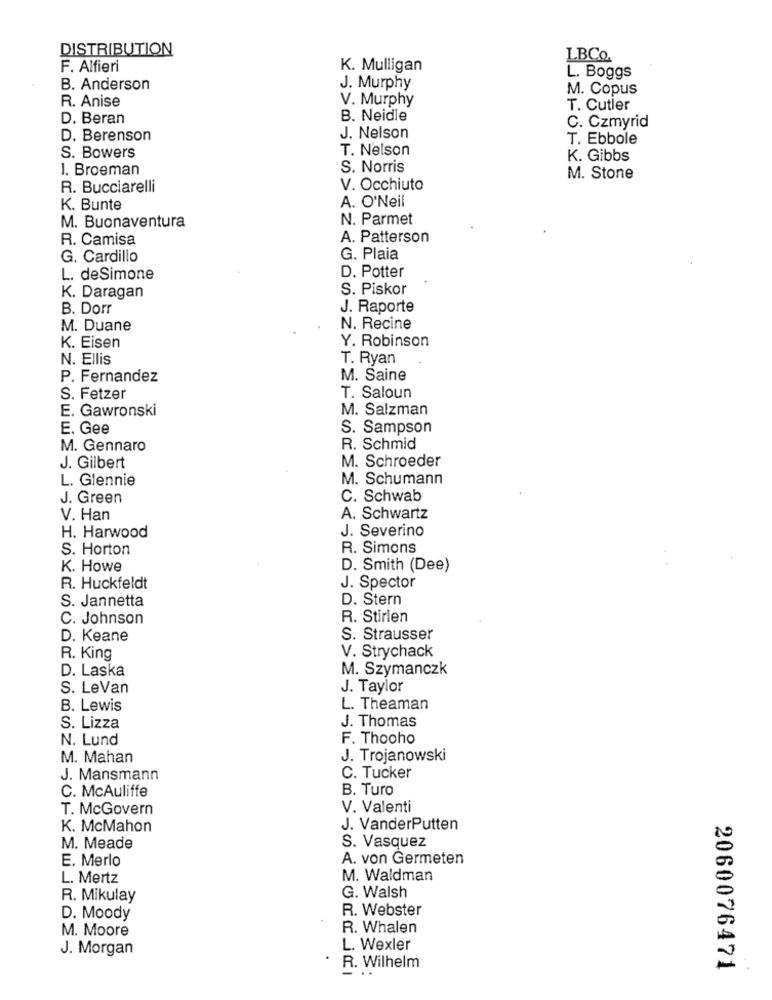
DISTRIBUTION
LBCo
F. Alfieri
K. Mulligan
L. Boggs
B. Anderson
J. Murphy
M. Copus
R. Anise
V. Murphy
T. Cutler
D. Beran
B. Neidle
C. Czmyrid
D. Berenson
J. Nelson
T. Ebbole
2101
S. Bowers
T. Nelson
K. Gibbs
1. Broeman
S. Norris
M. Stone
R. Bucciarelli
V. Occhiuto
A. O'Neil
K. Bunte
N. Parmet
M. Buonaventura
R. Camisa
A. Patterson
G. Cardillo
G. Plaia
L. deSimone
D. Potter
S. Piskor
K. Daragan
B. Dorr
J. Raporte
M. Duane
N. Recine
Y. Robinson
K. Eisen
N. Ellis
T. Ryan
P. Fernandez
M. Saine
S. Fetzer
T. Saloun
E. Gawronski
M. Salzman
E. Gee
S. Sampson
M. Gennaro
R. Schmid
M. Schroeder
J. Gilbert
L. Glennie
M. Schumann
J. Green
C. Schwab
V. Han
A. Schwartz
J. Severino
H. Harwood
S. Horton
R. Simons
K. Howe
D. Smith (Dee)
R. Huckfeldt
J. Spector
S. Jannetta
D. Stern
C. Johnson
R. Stirlen
D. Keane
S. Strausser
R. King
V. Strychack
M. Szymanczk
D. Laska
S. LeVan
J. Taylor
B. Lewis
L. Theaman
J. Thomas
S. Lizza
N. Lund
F. Thooho
M. Mahan
J. Trojanowski
J. Mansmann
C. Tucker
C. McAuliffe
B. Turo
T. McGovern
V. Valenti
K. McMahon
J. VanderPutten
S. Vasquez
M. Meade
E. Merlo
A. von Germeten
L. Mertz
M. Waldman
R. Mikulay
G. Walsh
R. Webster
D. Moody
M. Moore
R. Whalen
J. Morgan
L. Wexler
R. Wilhelm
2060076471